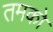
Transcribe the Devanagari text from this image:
तमको